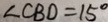
\angle C B D = 1 5 ^ { \circ }